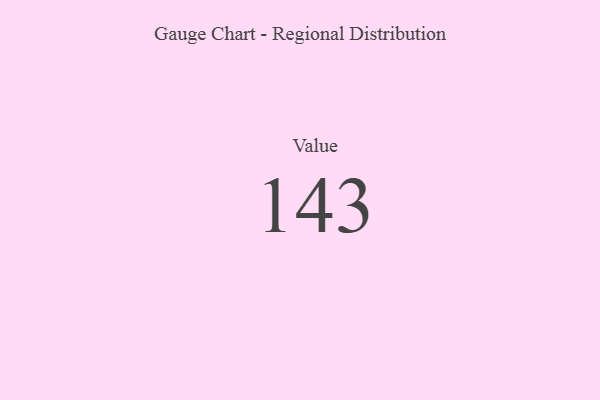
{"axis": {"x": "Metric", "y": "Value"}, "legend": [""], "data": [{"x": "Value", "y": 143, "type": ""}]}